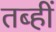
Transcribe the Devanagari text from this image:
तब्हीं